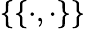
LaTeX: \{ \{ \cdot,\cdot\} \}